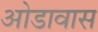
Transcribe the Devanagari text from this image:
ओडावास